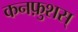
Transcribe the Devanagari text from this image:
कनफ़ुशस्